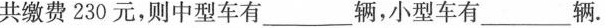
共缴费230元，则中型车有___辆，小型车有___辆.